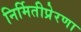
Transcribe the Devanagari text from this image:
निर्मितीप्रेरणा